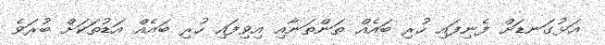
އަޅުގަނޑަށް ފެނިފައި ހުރި ބައެއް ތަންތަނާއި އިވިފައި ހުރި ބައެއް އަޑުތަކަށް ބުރަވެ